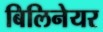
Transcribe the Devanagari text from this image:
बिलिनेयर